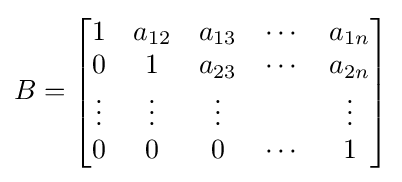
B={\begin{bmatrix}1&a_{12}&a_{13}&\cdots &a_{1n}\\0&1&a_{23}&\cdots &a_{2n}\\\vdots &\vdots &\vdots &&\vdots \\0&0&0&\cdots &1\end{bmatrix}}